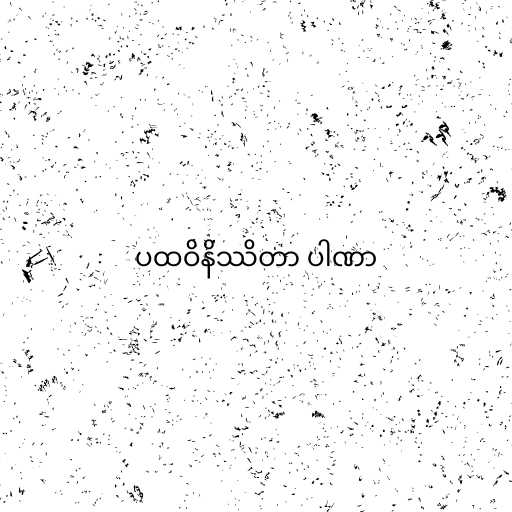
ပထဝိနိဿိတာ ပါဏာ